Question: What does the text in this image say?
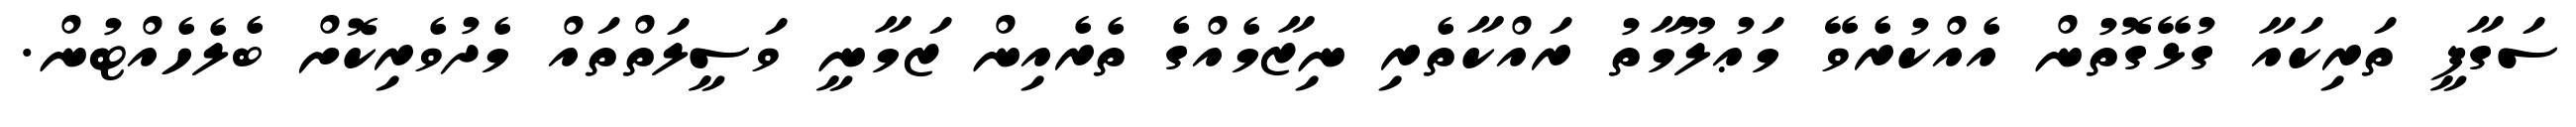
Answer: ސަގާފީ ތަރިކައާ ގުޅޭގޮތުން އެއްކުރެވޭ މަޢުލޫމާތު ރައްކާތެރި ނިޒާމެއްގެ ތެރެއިން ޒަމާނީ ވަސީލަތްތައް މެދުވެރިކޮށް ބެލެހެއްޓުން.